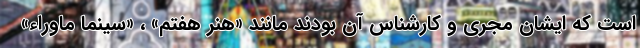
است که ایشان مجری و کارشناس آن بودند مانند «هنر هفتم» ، «سینما ماوراء»